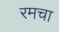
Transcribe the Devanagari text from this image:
रमचा